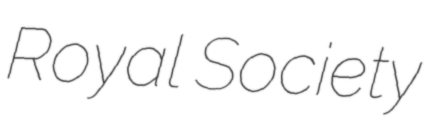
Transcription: Royal Society